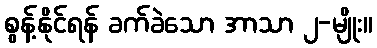
စွန့်နိုင်ရန် ခက်ခဲသော အာသာ ၂-မျိုး။